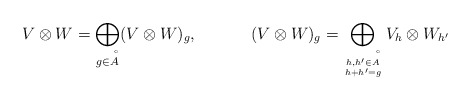
\begin{align*} &V\otimes W=\bigoplus_{g\in\AA}(V\otimes W)_g, &&(V\otimes W)_g=\bigoplus_{h,h'\in \AA\atop h+h'=g}V_{h}\otimes W_{h'}\end{align*}